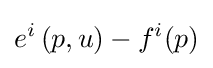
e^{i}\left(p,u\right)-f^{i}(p)